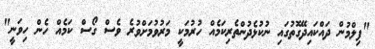
"ފިލްމުން ދައްކައިދޭގޮތުގައި ނުކުޅެދުންތެރިކަމެއް ހުރުމަކީ މަރުވުމަށްވުރެ ވެސް ގޯސް ކަމެއް ހެން ހިވަނީ"